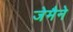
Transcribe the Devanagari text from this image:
जेमैने